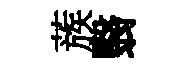
蔟翳